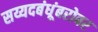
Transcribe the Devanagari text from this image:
सय्यदबंधूंबरोबर